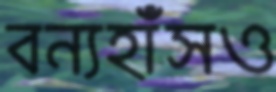
বন্যহাঁসও